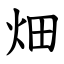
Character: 畑